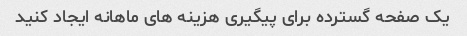
یک صفحه گسترده برای پیگیری هزینه های ماهانه ایجاد کنید